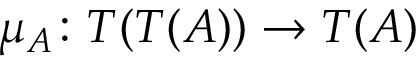
\mu _ { A } \colon T ( T ( A ) ) \to T ( A )